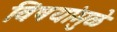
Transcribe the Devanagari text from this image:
विषयांमुळे